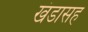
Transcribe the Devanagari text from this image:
खंडासह